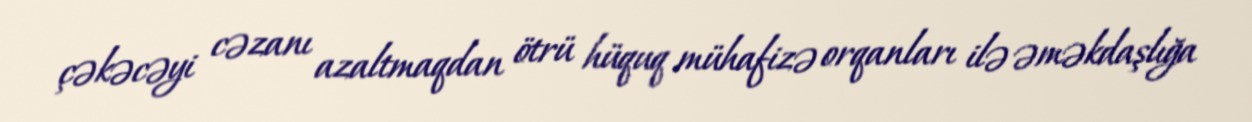
çəkəcəyi cəzanı azaltmaqdan ötrü hüquq mühafizə orqanları ilə əməkdaşlığa